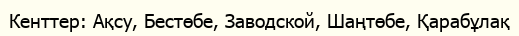
Кенттер: Ақсу, Бестөбе, Заводской, Шаңтөбе, Қарабұлақ